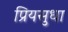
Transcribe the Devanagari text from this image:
प्रियसुधा